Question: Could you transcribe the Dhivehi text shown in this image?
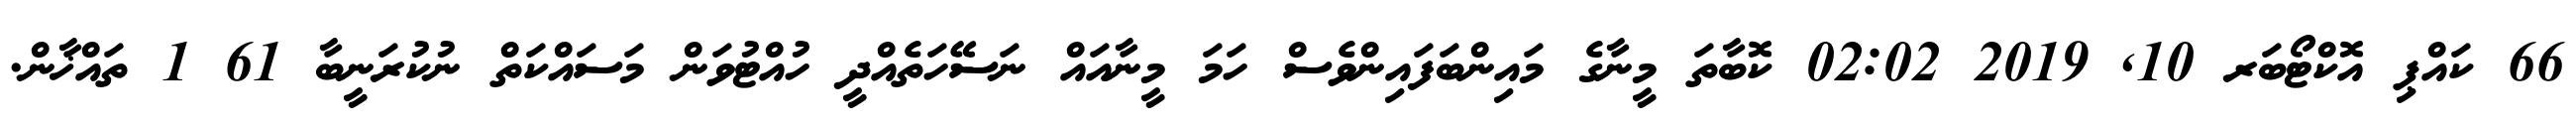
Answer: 66 ކައްޕި އޮކްޓޯބަރ 10, 2019 02:02 ކޮބާތަ މީނާގެ މައިންބަފައިންވެސް ހަމަ މީނާއައް ނަސޭހަތެއްދީ ހުއްޓުވަން މަސައްކަތް ނުކުރަނީބާ 61 1 ތައްޚާން.